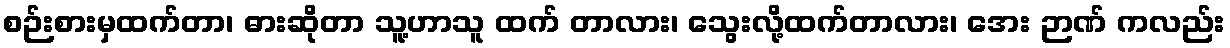
စဉ်းစားမှထက်တာ၊ ဓားဆိုတာ သူ့ဟာသူ ထက် တာလား၊ သွေးလို့ထက်တာလား၊ အေး ဉာဏ် ကလည်း